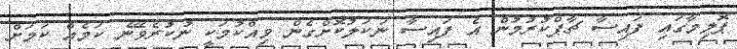
ޕޮލިމާގައި ފައިސާ ޗާޕްކުރުމުން އެ ފައިސާ ނަކަލުކޮށްގެން ވިއްކުމަކީ ނުކުރެވޭނެ ކަމެއް ކަމަށް